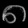
Digit: ၈